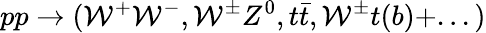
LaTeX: pp\rightarrow(\mathcal{W}^{+}\mathcal{W}^{-},\mathcal{W}^{\pm}Z^{0},t\bar{{t}},\mathcal{W}^{\pm}t(b)+...)